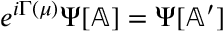
e ^ { i \Gamma ( \mu ) } \Psi [ \mathbb { A } ] = \Psi [ \mathbb { A } ^ { \prime } ]